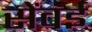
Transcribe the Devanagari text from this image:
सेंवई